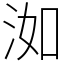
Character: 洳